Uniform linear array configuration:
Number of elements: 48
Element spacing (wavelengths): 0.25
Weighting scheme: binomial
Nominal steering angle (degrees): -30
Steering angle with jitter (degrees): -31.436
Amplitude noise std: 0.05
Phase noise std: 0.05

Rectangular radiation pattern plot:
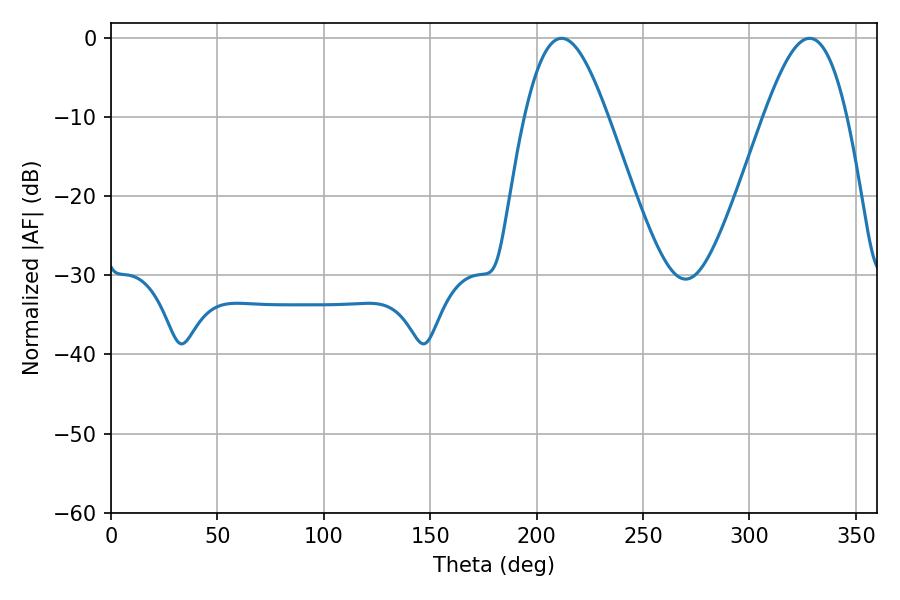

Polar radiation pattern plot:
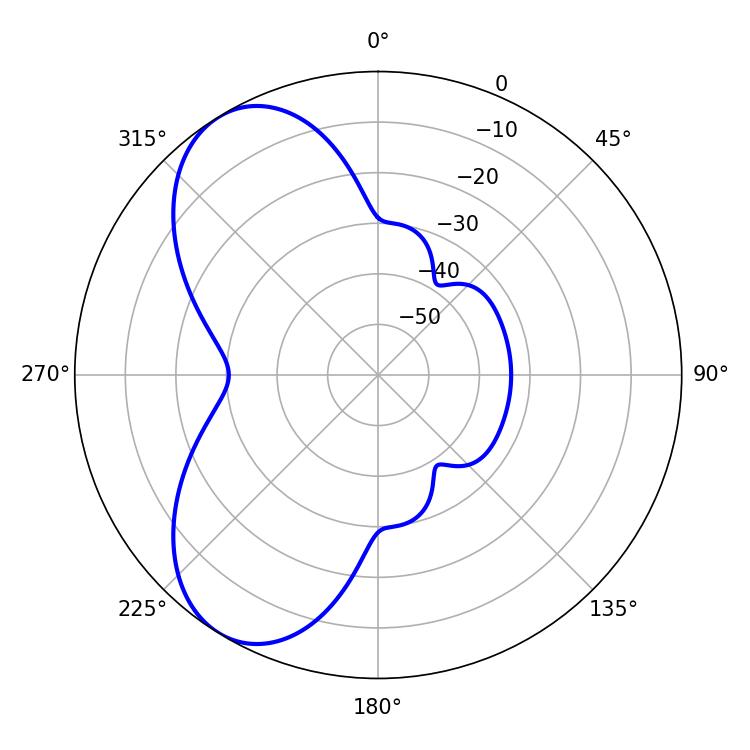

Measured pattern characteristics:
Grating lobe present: FALSE
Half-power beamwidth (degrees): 20.88
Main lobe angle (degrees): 211.68